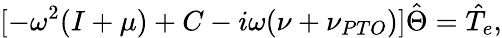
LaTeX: [-\omega^{2}(I+\mu)+C-i\omega(\nu+\nu_{PTO})]\hat{\Theta}=\hat{T}_{e},